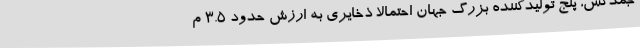
جمدکس، پنج تولیدکننده بزرگ جهان احتمالا ذخایری به ارزش حدود 3.5 م